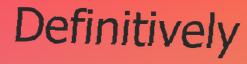
Definitively